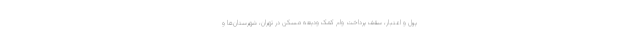
پول و اعتبار، سقف پرداخت وام کمک ودیعه مسکن در تهران، شهرستان‌ها و